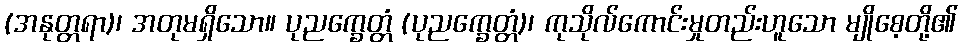
(အနုတ္တရာ)၊ အတုမရှိသော။ ပုညက္ခေတ္တံ (ပုညက္ခေတ္တံ)၊ ကုသိုလ်ကောင်းမှုတည်းဟူသော မျိုစေ့တို့၏